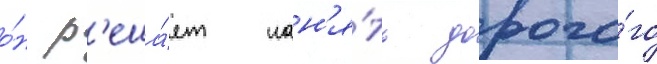
о́н р'еша́ет нан'я́ть дорого́го